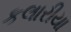
કલારીયા